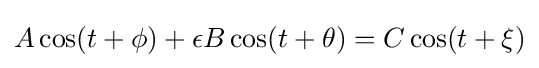
A\cos(t+\phi )+\epsilon B\cos(t+\theta )=C\cos(t+\xi )